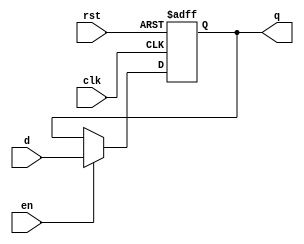
module sirv_AsyncResetReg (
                      input      d,
                      output reg q,
                      input      en,

                      input      clk,
                      input      rst);
   
   always @(posedge clk or posedge rst) begin

      if (rst) begin
         q <= 1'b0;
      end else if (en) begin
         q <= d;
      end
   end
   

endmodule